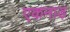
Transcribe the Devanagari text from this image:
एकनाड